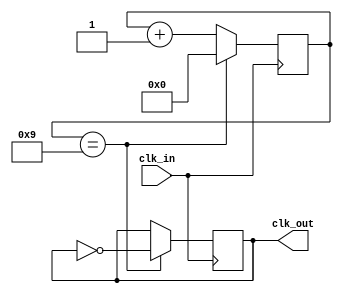
module frequency_synthesizer_clock_divider (
    input wire clk_in, // High-frequency input clock signal
    output reg clk_out // Lower frequency output signal
);

parameter DIVISION_RATIO = 10; // Predetermined division ratio

reg [DIVISION_RATIO-1:0] counter;

always @(posedge clk_in) begin
    if(counter == DIVISION_RATIO - 1) begin
        counter <= 0;
        clk_out <= ~clk_out;
    end else begin
        counter <= counter + 1;
    end
end

endmodule